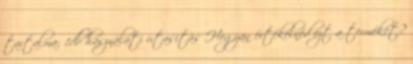
tartalma: 1db használati utasítás Hogyan értékelnéd ezt a terméket?